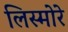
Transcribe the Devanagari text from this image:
लिस्मोरे